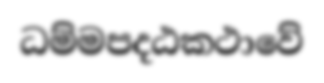
ධම්මපදඨකථාවේ